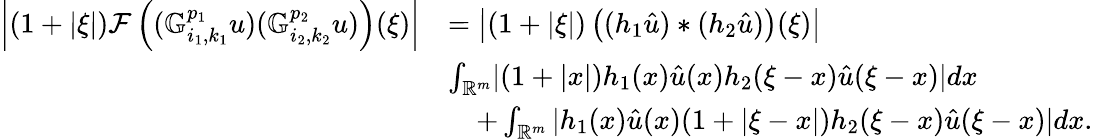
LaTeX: \begin{array}{rl}{\left|(1+|\xi|)\mathcal{F}\left((\mathbb{G}_{i_{1},k_{1}}^{p_{1}}u)(\mathbb{G}_{i_{2},k_{2}}^{p_{2}}u)\right)(\xi)\right|}&{=\left|(1+|\xi|)\left((h_{1}\hat{u})*(h_{2}\hat{u})\right)(\xi)\right|}\\ &{\le\int_{\mathbb{R}^{m}}|(1+|x|)h_{1}(x)\hat{u}(x)h_{2}(\xi-x)\hat{u}(\xi-x)|dx}\\ &{\quad+\int_{\mathbb{R}^{m}}|h_{1}(x)\hat{u}(x)(1+|\xi-x|)h_{2}(\xi-x)\hat{u}(\xi-x)|dx.}\end{array}